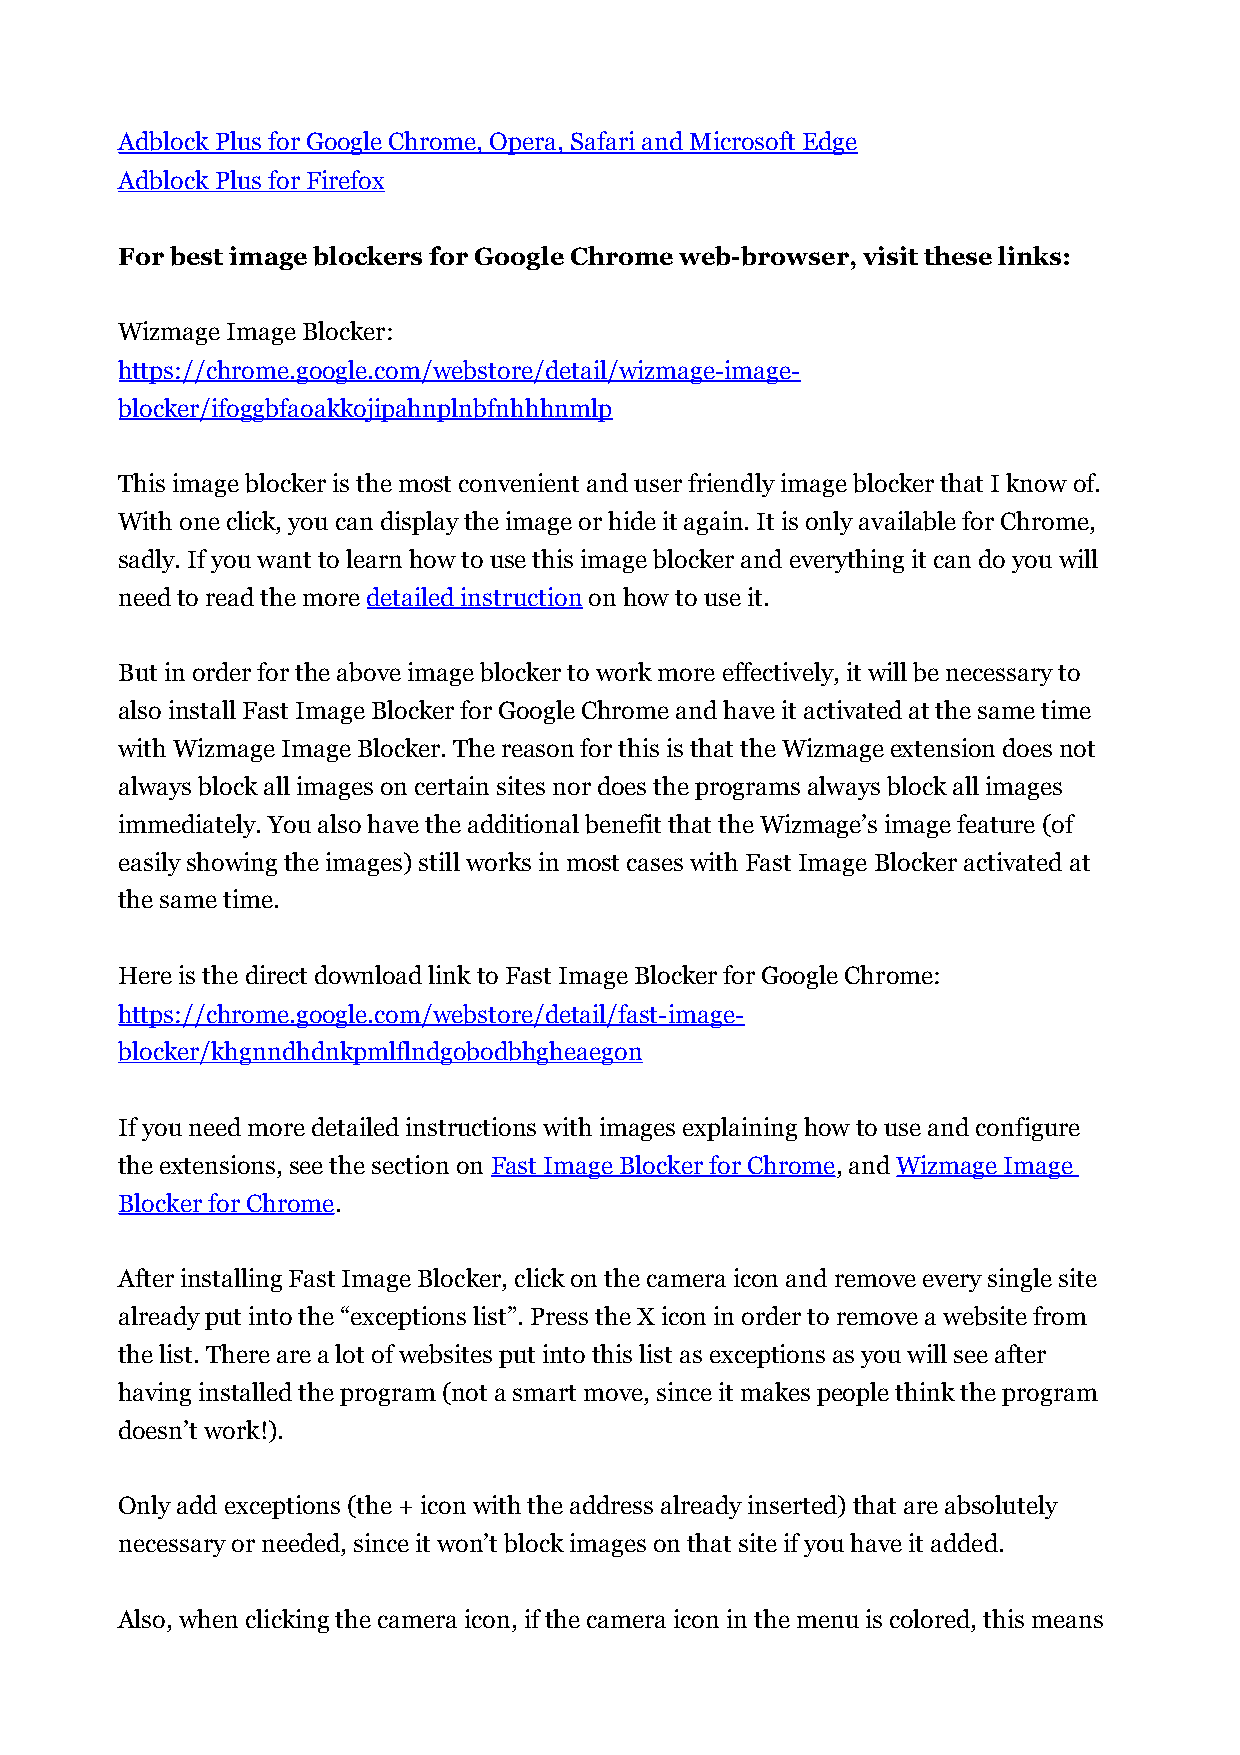
Adblock Plus for Google Chrome, Opera, Safari and Microsoft Edge
 Adblock Plus for Firefox
 For best image blockers for Google Chrome web-browser, visit these links:
 Wizmage Image Blocker:
 https://chrome.google.com/webstore/detail/wizmage-image-
 blocker/ifoggbfaoakkojipahnplnbfnhhhnmlp
 This image blocker is the most convenient and user friendly image blocker that I know of.
 With one click, you can display the image or hide it again. It is only available for Chrome,
 sadly. If you want to learn how to use this image blocker and everything it can do you will
 need to read the more detailed instruction on how to use it.
 But in order for the above image blocker to work more effectively, it will be necessary to
 also install Fast Image Blocker for Google Chrome and have it activated at the same time
 with Wizmage Image Blocker. The reason for this is that the Wizmage extension does not
 always block all images on certain sites nor does the programs always block all images
 immediately. You also have the additional benefit that the Wizmage’s image feature (of
 easily showing the images) still works in most cases with Fast Image Blocker activated at
 the same time.
 Here is the direct download link to Fast Image Blocker for Google Chrome:
 https://chrome.google.com/webstore/detail/fast-image-
 blocker/khgnndhdnkpmlflndgobodbhgheaegon
 If you need more detailed instructions with images explaining how to use and configure
 the extensions, see the section on Fast Image Blocker for Chrome, and Wizmage Image
 Blocker for Chrome.
 After installing Fast Image Blocker, click on the camera icon and remove every single site
 already put into the “exceptions list”. Press the X icon in order to remove a website from
 the list. There are a lot of websites put into this list as exceptions as you will see after
 having installed the program (not a smart move, since it makes people think the program
 doesn’t work!).
 Only add exceptions (the + icon with the address already inserted) that are absolutely
 necessary or needed, since it won’t block images on that site if you have it added.
 Also, when clicking the camera icon, if the camera icon in the menu is colored, this means